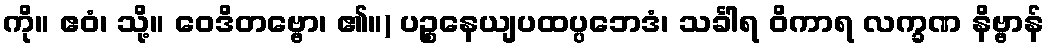
ကို။ ဧဝံ၊ သို့။ ဝေဒိတဗ္ဗော၊ ၏။) ပဉ္စနေယျပထပ္ပဘေဒံ၊ သင်္ခါရ ဝိကာရ လက္ခဏ နိဗ္ဗာန်